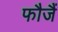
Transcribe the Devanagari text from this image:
फौजैं